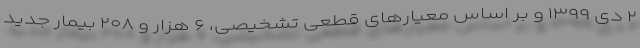
۲ دی ۱۳۹۹ و بر اساس معیارهای قطعی تشخیصی، ۶ هزار و ۲۰۸ بیمار جدید